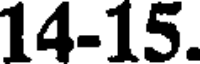
14-15.